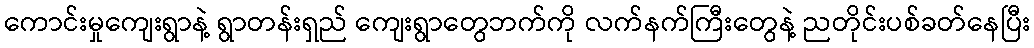
ကောင်းမှုကျေးရွာနဲ့ ရွာတန်းရှည် ကျေးရွာတွေဘက်ကို လက်နက်ကြီးတွေနဲ့ ညတိုင်းပစ်ခတ်နေပြီး